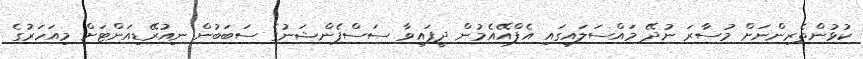
ކުޅުންތެރިންނަށް މުސާރަ ނުދޭ މައްސަލައިގައި އެފްއޭއެމުން ދީފައިވާ ސަސްޕެންޝަނުގެ ސަބަބުން ނިއުރޭޑިއަންޓަށް މިއަހަރުގެ